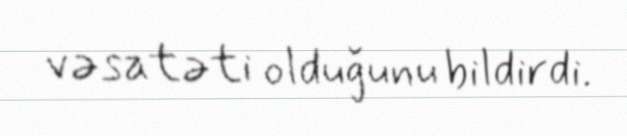
vəsatəti olduğunu bildirdi.